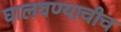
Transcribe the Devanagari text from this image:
घालवण्याचीच